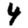
Digit: 4